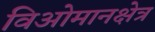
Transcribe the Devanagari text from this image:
विओमानक्षेत्र